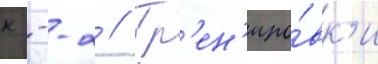
к --2 // Тр'ен'иро́вк'и